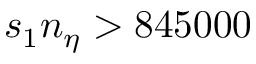
s _ { 1 } n _ { \eta } > 8 4 5 0 0 0